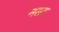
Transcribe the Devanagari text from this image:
नस्त